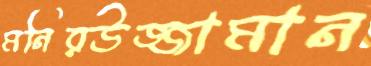
মনিরউজ্জামান